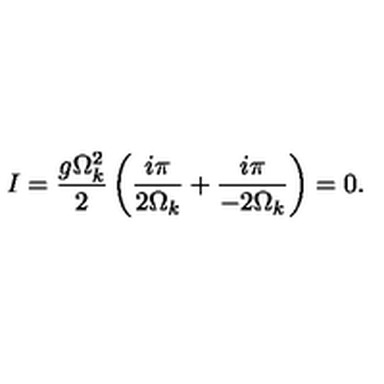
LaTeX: I = \frac { g \Omega _ { k } ^ { 2 } } { 2 } \left( \frac { i \pi } { 2 \Omega _ { k } } + \frac { i \pi } { - 2 \Omega _ { k } } \right) = 0 .